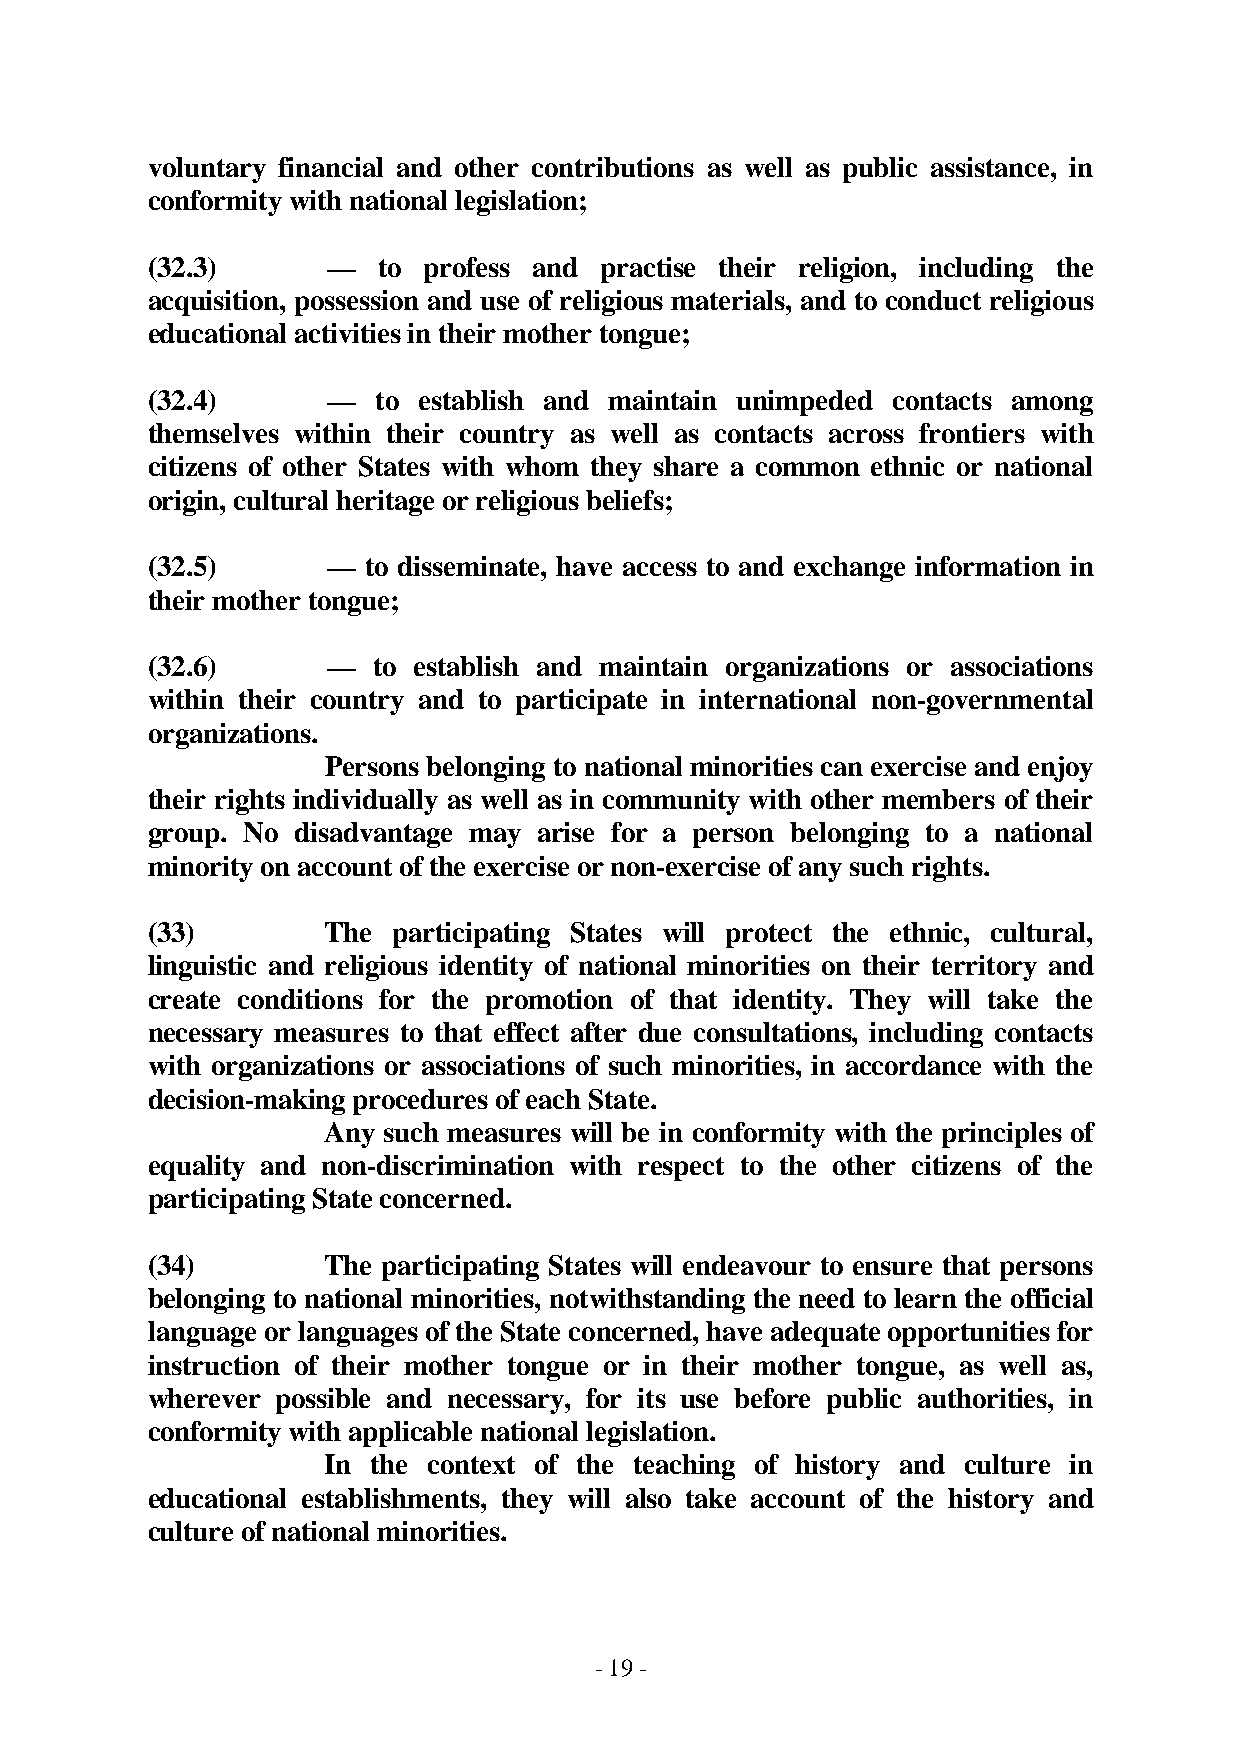
voluntary financial and other contributions as well as public assistance, in
 conformity with national legislation;
 (32.3)      —  to profess and practise their religion, including the
 acquisition, possession and use of religious materials, and to conduct religious
 educational activities in their mother tongue;
 (32.4)      —  to establish and maintain unimpeded contacts among
 themselves within their country as well as contacts across frontiers with
 citizens of other States with whom they share a common ethnic or national
 origin, cultural heritage or religious beliefs;
 (32.5)      — to disseminate, have access to and exchange information in
 their mother tongue;
 (32.6)      —  to establish and maintain organizations or associations
 within their country and to participate in international non-governmental
 organizations.
 Persons belonging to national minorities can exercise and enjoy
 their rights individually as well as in community with other members of their
 group. No disadvantage may arise for a person belonging to a national
 minority on account of the exercise or non-exercise of any such rights.
 (33)        The participating States will protect the ethnic, cultural,
 linguistic and religious identity of national minorities on their territory and
 create conditions for the promotion of that identity. They will take the
 necessary measures to that effect after due consultations, including contacts
 with organizations or associations of such minorities, in accordance with the
 decision-making procedures of each State.
 Any such measures will be in conformity with the principles of
 equality and non-discrimination with respect to the other citizens of the
 participating State concerned.
 (34)        The participating States will endeavour to ensure that persons
 belonging to national minorities, notwithstanding the need to learn the official
 language or languages of the State concerned, have adequate opportunities for
 instruction of their mother tongue or in their mother tongue, as well as,
 wherever possible and necessary, for its use before public authorities, in
 conformity with applicable national legislation.
 In the context of the teaching of history and culture in
 educational establishments, they will also take account of the history and
 culture of national minorities.
 - 19 -